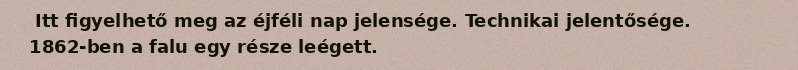
Itt figyelhető meg az éjféli nap jelensége. Technikai jelentősége. 1862-ben a falu egy része leégett.